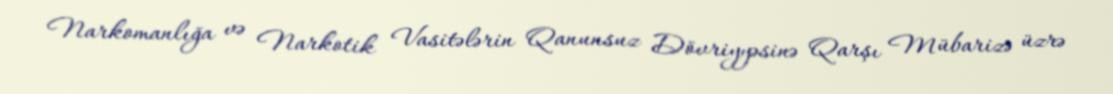
Narkomanlığa və Narkotik Vasitələrin Qanunsuz Dövriyyəsinə Qarşı Mübarizə üzrə